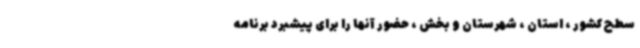
سطح کشور ، استان ، شهرستان و بخش ، حضور آنها را برای پیشبرد برنامه